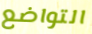
التواضع